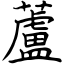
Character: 蘆